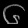
Digit: ၆